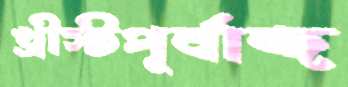
খ্রীস্টপূর্বাব্দ